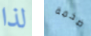
لذا ضخمة